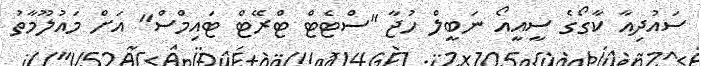
ސައުދިއާ ކާގޯގެ ސީއީއޯ ނަބީލް ހުޖާ "ސްޓެޓް ޓްރޭޓް ޓައިމްސް" އަށް މައުލޫމާތު